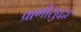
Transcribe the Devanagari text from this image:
प्राणीसुद्धा